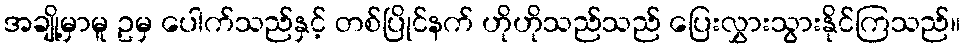
အချို့မှာမူ ဥမှ ပေါက်သည်နှင့် တစ်ပြိုင်နက် ဟိုဟိုသည်သည် ပြေးလွှားသွားနိုင်ကြသည်။